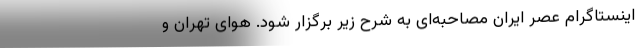
اینستاگرام عصر ایران مصاحبه‌ای به شرح زیر برگزار شود. هوای تهران و